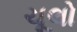
ચૂલો